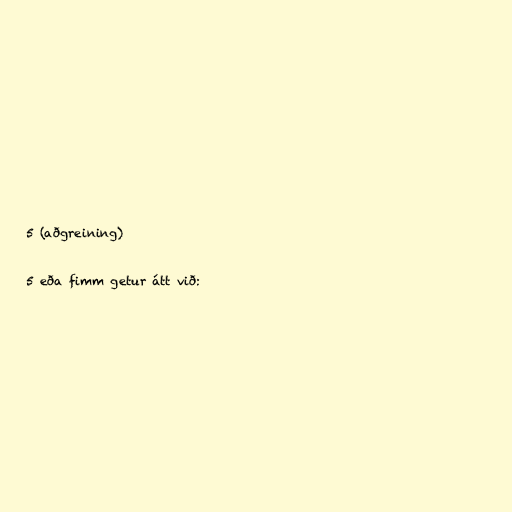
5 (aðgreining)

5 eða fimm getur átt við: